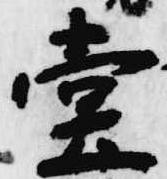
堂